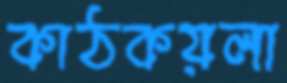
কাঠকয়লা